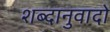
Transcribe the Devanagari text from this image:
शब्दानुवादों